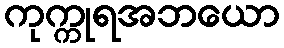
ကုက္ကုရအဘယော